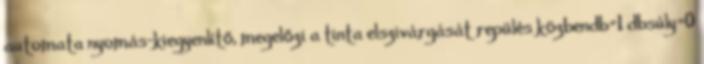
automata nyomás-kiegyenlítő, megelőzi a tinta elszivárgását repülés közbendb=1 dbsúly=0